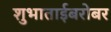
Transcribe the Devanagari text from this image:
शुभाताईबरोबर